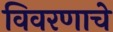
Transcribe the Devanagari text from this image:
विवरणाचे